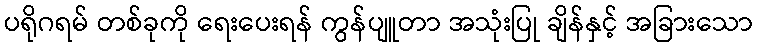
ပရိုဂရမ် တစ်ခုကို ရေးပေးရန် ကွန်ပျူတာ အသုံးပြု ချိန်နှင့် အခြားသော